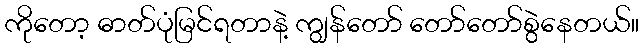
ကိုတော့ ဓာတ်ပုံမြင်ရတာနဲ့ ကျွန်တော် တော်တော်စွဲနေတယ်။